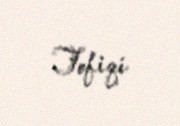
Tofiqi